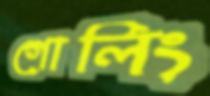
গোলিং